Indian journal of veterinary science and animal husbandry - Volumes 15-17, 1948-1951
Year: 1948
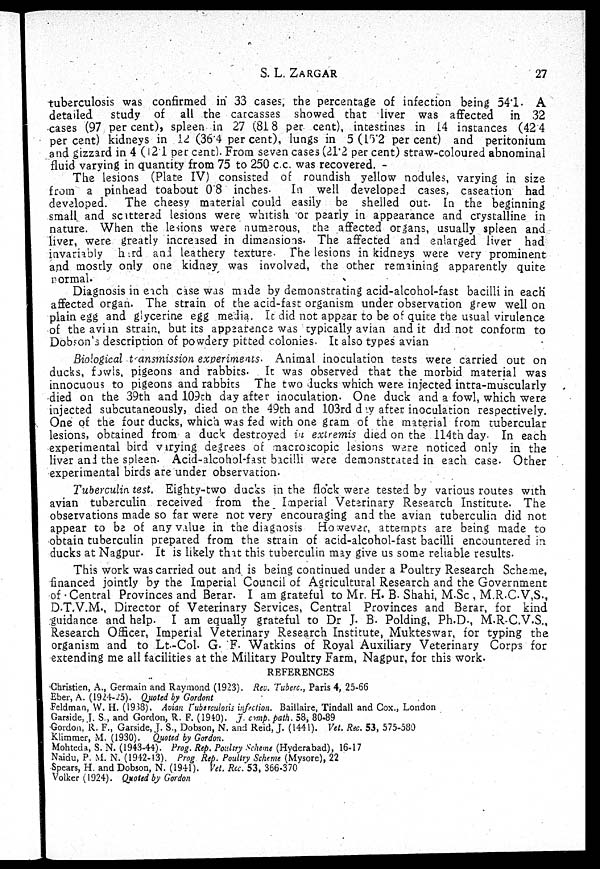
S. L. ZARGAR
27
tuberculosis was confirmed in 33 cases, the percentage of infection being 54.1. A
detailed
study of all the carcasses showed that liver was affected
in 32
cases (97 per cent), spleen in 27 (81 8 per cent), intestines in 14 instances (42 4
per cent) kidneys in 12 (36.4 per cent), lungs in 5 (15.2 per cent) and peritonium
and gizzard in 4 (12.1 per cent). From seven cases (21.2 per cent) straw-coloured abnominal
fluid varying in quantity from 75 to 250 c.c. was recovered.
The lesions (Plate IV) consisted of roundish yellow nodules, varying in size
from a pinhead toabout 0.8 inches. In well developed cases, caseation had
developed. The cheesy material could easily be shelled out. In the beginning
small and scattered lesions were whitish or pearly in appearance and crystalline in
nature. When the lesions were numerous, the affected organs, usually spleen and
liver, were greatly increased in dimensions. The affected and enlarged liver had
invariably hard and leathery texture. The lesions in kidneys were very prominent
and mostly only one kidney was involved, the other remaining apparently quite
normal.
Diagnosis in each case was made by demonstrating acid-alcohol-fast bacilli in each
affected organ. The strain of the acid-fast organism under observation grew well on
plain egg and glycerine egg media. It did not appear to be of quite the usual virulence
of the avian strain, but its appearence was typically avian and it did not conform to
Dobson's description of powdery pitted colonies. It also types avian
Biological transmission experiments. Animal inoculation tests were carried out on
ducks, fowls, pigeons and rabbits. It was observed that the morbid material was
innocuous to pigeons and rabbits The two ducks which were injected intra-muscularly
died on the 39th and 109th day after inoculation. One duck and a fowl, which were
injected subcutaneously, died on the 49th and 103rd day after inoculation respectively.
One of the four ducks, which was fed with one gram of the material from tubercular
lesions, obtained from a duck destroyed in extremis died on the 114th day. In each
experimental bird varying degrees of macroscopic lesions were noticed only in the
liver and the spleen. Acid-alcohol-fast bacilli were demonstrated in each case. Other
experimental birds are under observation.
Tuberculin test. Eighty-two ducks in the flock were tested by various routes with
avian tuberculin received from the Imperial Veterinary Research Institute. The
observations made so far were not very encouraging and the avian tuberculin did not
appear to be of any value in the diagnosis However, attempts are being made to
obtain tuberculin prepared from the strain of acid-alcohol-fast bacilli encountered in
ducks at Nagpur. It is likely that this tuberculin may give us some reliable results.
This work was carried out and is being continued under a Poultry Research Scheme,
financed jointly by the Imperial Council of Agricultural Research and the Government
of Central Provinces and Berar. I am grateful to Mr. H. B. Shahi, M.Sc , M.R.C.V.S.,
D.T.V.M., Director of Veterinary Services, Central Provinces and Berar, for kind
guidance and help. I am equally grateful to Dr J. B. Polding, Ph.D., M.R.C.V.S.,
Research Officer, Imperial Veterinary Research Institute, Mukteswar, for typing the
organism and to Lt.-Col. G. F. Watkins of Royal Auxiliary Veterinary Corps for
extending me all facilities at the Military Poultry Farm, Nagpur, for this work.
REFERENCES
Christien, A., Germain and Raymond (1923). Rev. Tuberc., Paris 4, 25-66
Eber, A. (1924-25). Quoted by Gordont
Feldman, W. H. (1938). Avian Tuberculosis infection. Baillaire, Tindall and Cox., London
Garside, J. S., and Gordon, R. F. (1940). J. comp. path. 58, 80-89
Gordon, R. F., Garside, J. S., Dobson, N. and Reid, J. (1441). Vet. Rec. 53, 575-580
Klimmer, M. (1930). Quoted by Gordon.
Mohteda, S. N. (1943-44). Prog. Rep. Poultry Scheme (Hyderabad), 16-17
Naidu, P. M. N. (1942-13). Prog. Rep. Poultry Scheme (Mysore), 22
Spears, H. and Dobson, N. (1941). Vet. Rec. 53, 366-370
Volker (1924). Quoted by Gordon